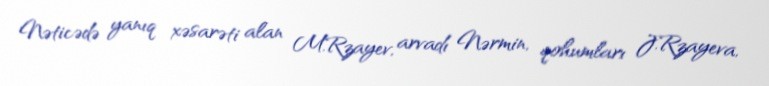
Nəticədə yanıq xəsarəti alan M.Rzayev, arvadı Nərmin, qohumları J.Rzayeva,